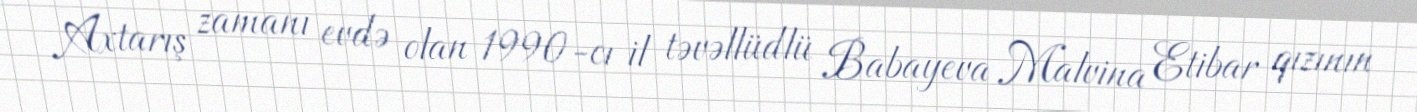
Axtarış zamanı evdə olan 1990-cı il təvəllüdlü Babayeva Malvina Etibar qızının